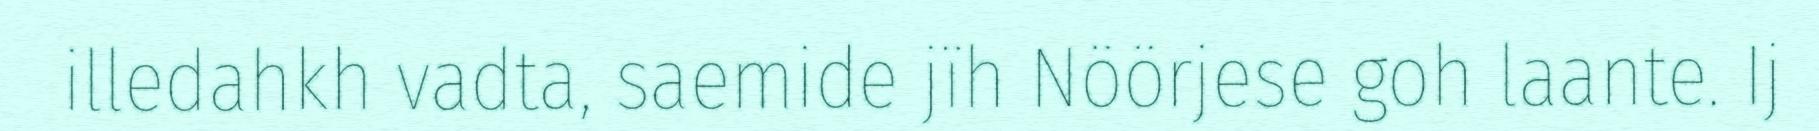
illedahkh vadta, saemide jïh Nöörjese goh laante. Ij